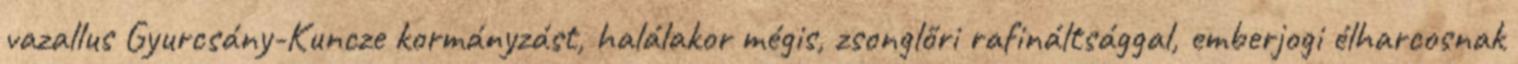
vazallus Gyurcsány-Kuncze kormányzást, halálakor mégis, zsonglőri rafináltsággal, emberjogi élharcosnak